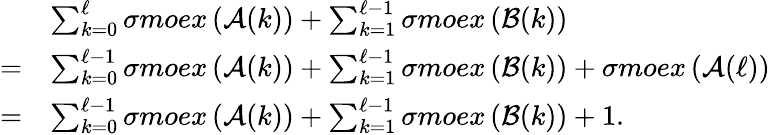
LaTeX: \begin{array}{rl}&{\sum_{k=0}^{\ell}\sigma moex\left(\mathcal{A}(k)\right)+\sum_{k=1}^{\ell-1}\sigma moex\left(\mathcal{B}(k)\right)}\\ {=}&{\sum_{k=0}^{\ell-1}\sigma moex\left(\mathcal{A}(k)\right)+\sum_{k=1}^{\ell-1}\sigma moex\left(\mathcal{B}(k)\right)+\sigma moex\left(\mathcal{A}(\ell)\right)}\\ {=}&{\sum_{k=0}^{\ell-1}\sigma moex\left(\mathcal{A}(k)\right)+\sum_{k=1}^{\ell-1}\sigma moex\left(\mathcal{B}(k)\right)+1.}\end{array}